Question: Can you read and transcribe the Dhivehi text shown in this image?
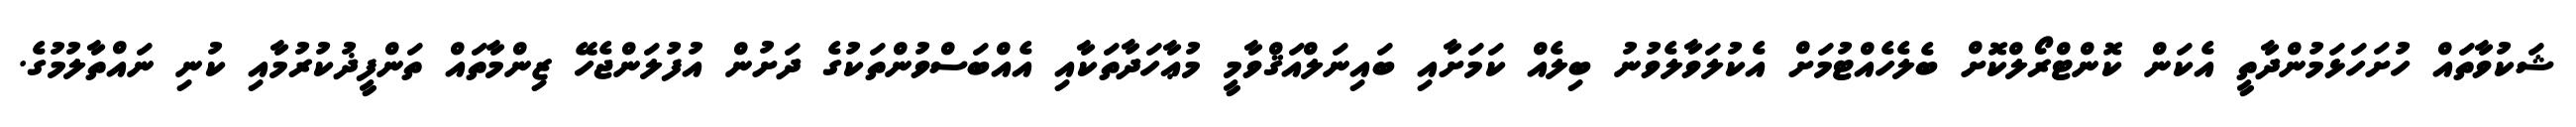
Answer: ޝަކުވާތައް ހުށަހަޅަމުންދާތީ އެކަން ކޮންޓްރޯލްކޮށް ބެލެހެއްޓުމަށް އެކުލަވާލެވުނު ބިލެއް ކަމަށާއި ބައިނަލްއަޤްވާމީ މުޢާހަދާތަކާއި އެއްބަސްވުންތަކުގެ ދަށުން އުފުލަންޖެހޭ ޒިންމާތައް ތަންފީޛުކުރުމާއި ކުނި ނައްތާލުމުގެ.